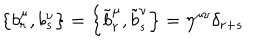
LaTeX: \left\{ b _ { r } ^ { \mu } , b _ { s } ^ { \nu } \right\} = \left\{ \tilde { b } _ { r } ^ { \mu } , \tilde { b } _ { s } ^ { \nu } \right\} = \eta ^ { \mu \nu } \delta _ { r + s }